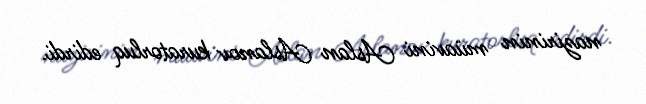
nazirinin müavini Aslan Aslanov kuratorluq edirdi.